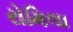
રોમિલા